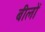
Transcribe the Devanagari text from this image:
बीलों